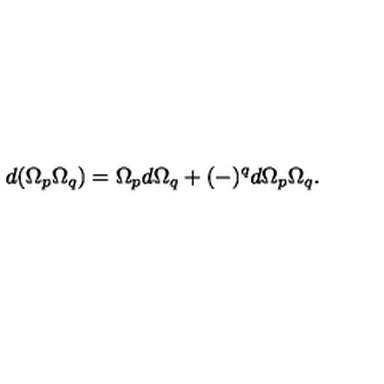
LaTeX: d ( \Omega _ { p } \Omega _ { q } ) = \Omega _ { p } d \Omega _ { q } + ( - ) ^ { q } d \Omega _ { p } \Omega _ { q } .